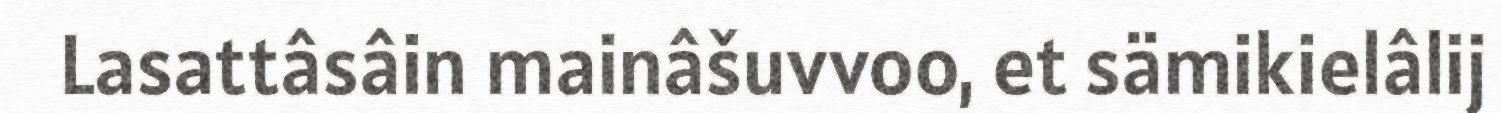
Lasattâsâin mainâšuvvoo, et sämikielâlij